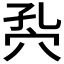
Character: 𥤾